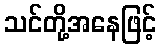
သင်တို့အနေဖြင့်